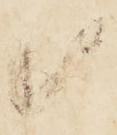
候